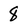
Character: 8